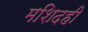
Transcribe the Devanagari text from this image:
मशिदही